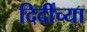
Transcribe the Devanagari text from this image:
दिदींच्या